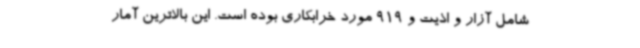
شامل آزار و اذیت و 919 مورد خرابکاری بوده است. این بالاترین آمار